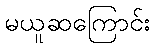
မယူဆကြောင်း